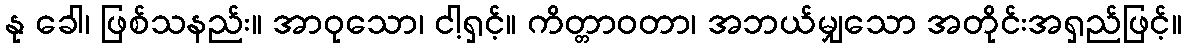
နု ခေါ၊ ဖြစ်သနည်း။ အာဝုသော၊ ငါ့ရှင့်။ ကိတ္တာဝတာ၊ အဘယ်မျှသော အတိုင်းအရှည်ဖြင့်။